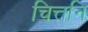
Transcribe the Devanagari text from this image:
चित्तनि